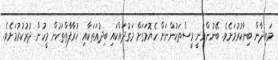
މައިދާން ބިނާކުރުމަށެވެ. ބޭނުންވަނީ މީސްތަކުންނަށް ހެޔޮމަގަށް މަގުދައްކައި ބިދުޢަތަކާއި ޚުރާފާތްތަކުން މީހުން ދުރުކުރުމަށެވެ.